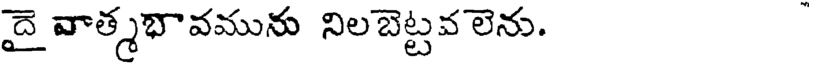
దై వాత్మభావమును నిలబెట్టవలెను.